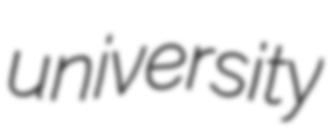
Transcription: university